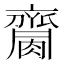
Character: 𪗌